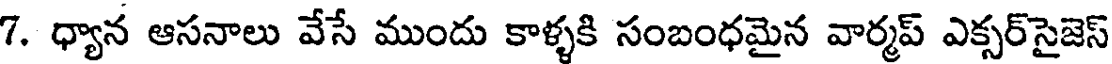
7. ధ్యాన ఆసనాలు వేసే ముందు కాళ్ళకి సంబంధమైన వార్మప్ ఎక్సర్సైజెస్